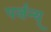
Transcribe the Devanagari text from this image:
पर्जन्य्